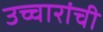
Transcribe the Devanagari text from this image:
उच्चारांची